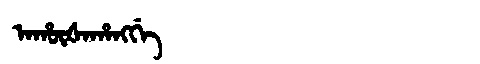
Manchu: ᠠᡥᡡᡧᠠᡥᠠᠩᡤᡝ
Romanization: AHŪŠAHANGGE